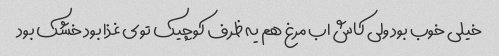
خیلی خوب بود ولی کاش اب مرغ هم یه ظرف کوچیک توی غذا بود خشک بود